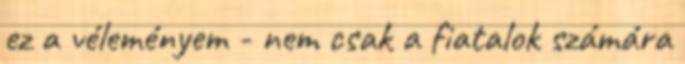
ez a véleményem - nem csak a fiatalok számára